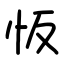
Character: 㤆